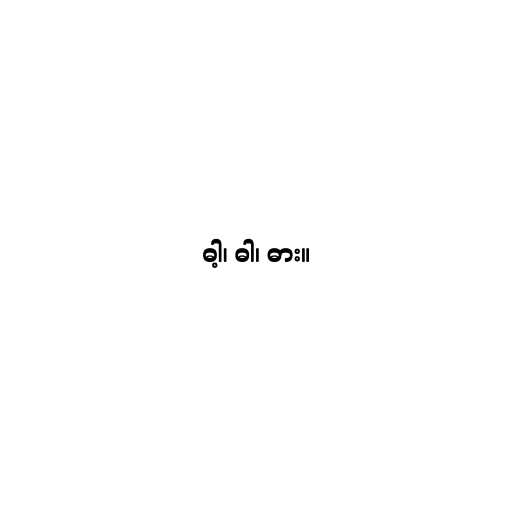
ဓါ့၊ ဓါ၊ ဓား။